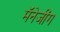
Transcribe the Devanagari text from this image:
मॅनेजींग